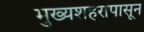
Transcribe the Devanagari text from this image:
मुख्यशहरापासून